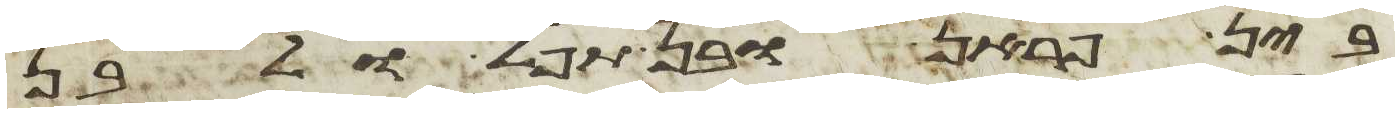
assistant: בין פראן ובין תפל ולבן